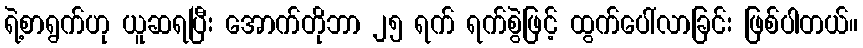
ရဲ့စာရွက်ဟု ယူဆရပြီး အောက်တိုဘာ ၂၅ ရက် ရက်စွဲဖြင့် ထွက်ပေါ်လာခြင်း ဖြစ်ပါတယ်။